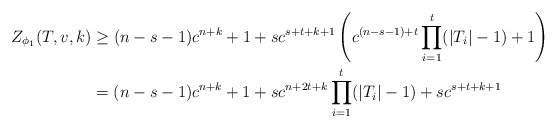
\begin{align*}Z_{\phi_1}(T, v, k) &\geq (n-s-1)c^{n+k}+1+sc^{s+t+k+1}\left(c^{(n-s-1)+t}\prod_{i=1}^t (|T_i|-1)+1\right)\\&= (n-s-1)c^{n+k}+1+sc^{n+2t+k}\prod_{i=1}^t (|T_i|-1)+sc^{s+t+k+1}\\\end{align*}